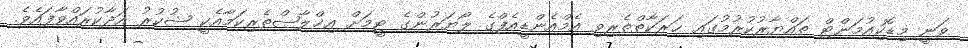
ވަނީ މިޑޮކިއުމަންޓް ތައްޔާރުކުރުމުގައި ޙަރަކާތްތެރިވި އެމްއެންޑީއެފްގެ ލޯޔަރުންގެ ޓީމަށް އިޚްލާޞްތެރިކަމާއެކީ ޝުކުރު އަދާކުރައްވާފައެވެ.